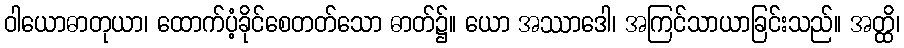
ဝါယောဓာတုယာ၊ ထောက်ပံ့ခိုင်စေတတ်သော ဓာတ်၌။ ယော အဿာဒေါ၊ အကြင်သာယာခြင်းသည်။ အတ္ထိ၊